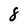
Character: 8